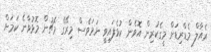
ރެއާލް މެޑްރިޑަށް މީގެކުރިން އޮވެން ކުޅެފައިވީ ނަމަވެސް މިރޭގެ މެޗުން މޮޅުވާނެ ކަމަށް